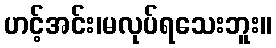
ဟင့်အင်း၊မလုပ်ရသေးဘူး။